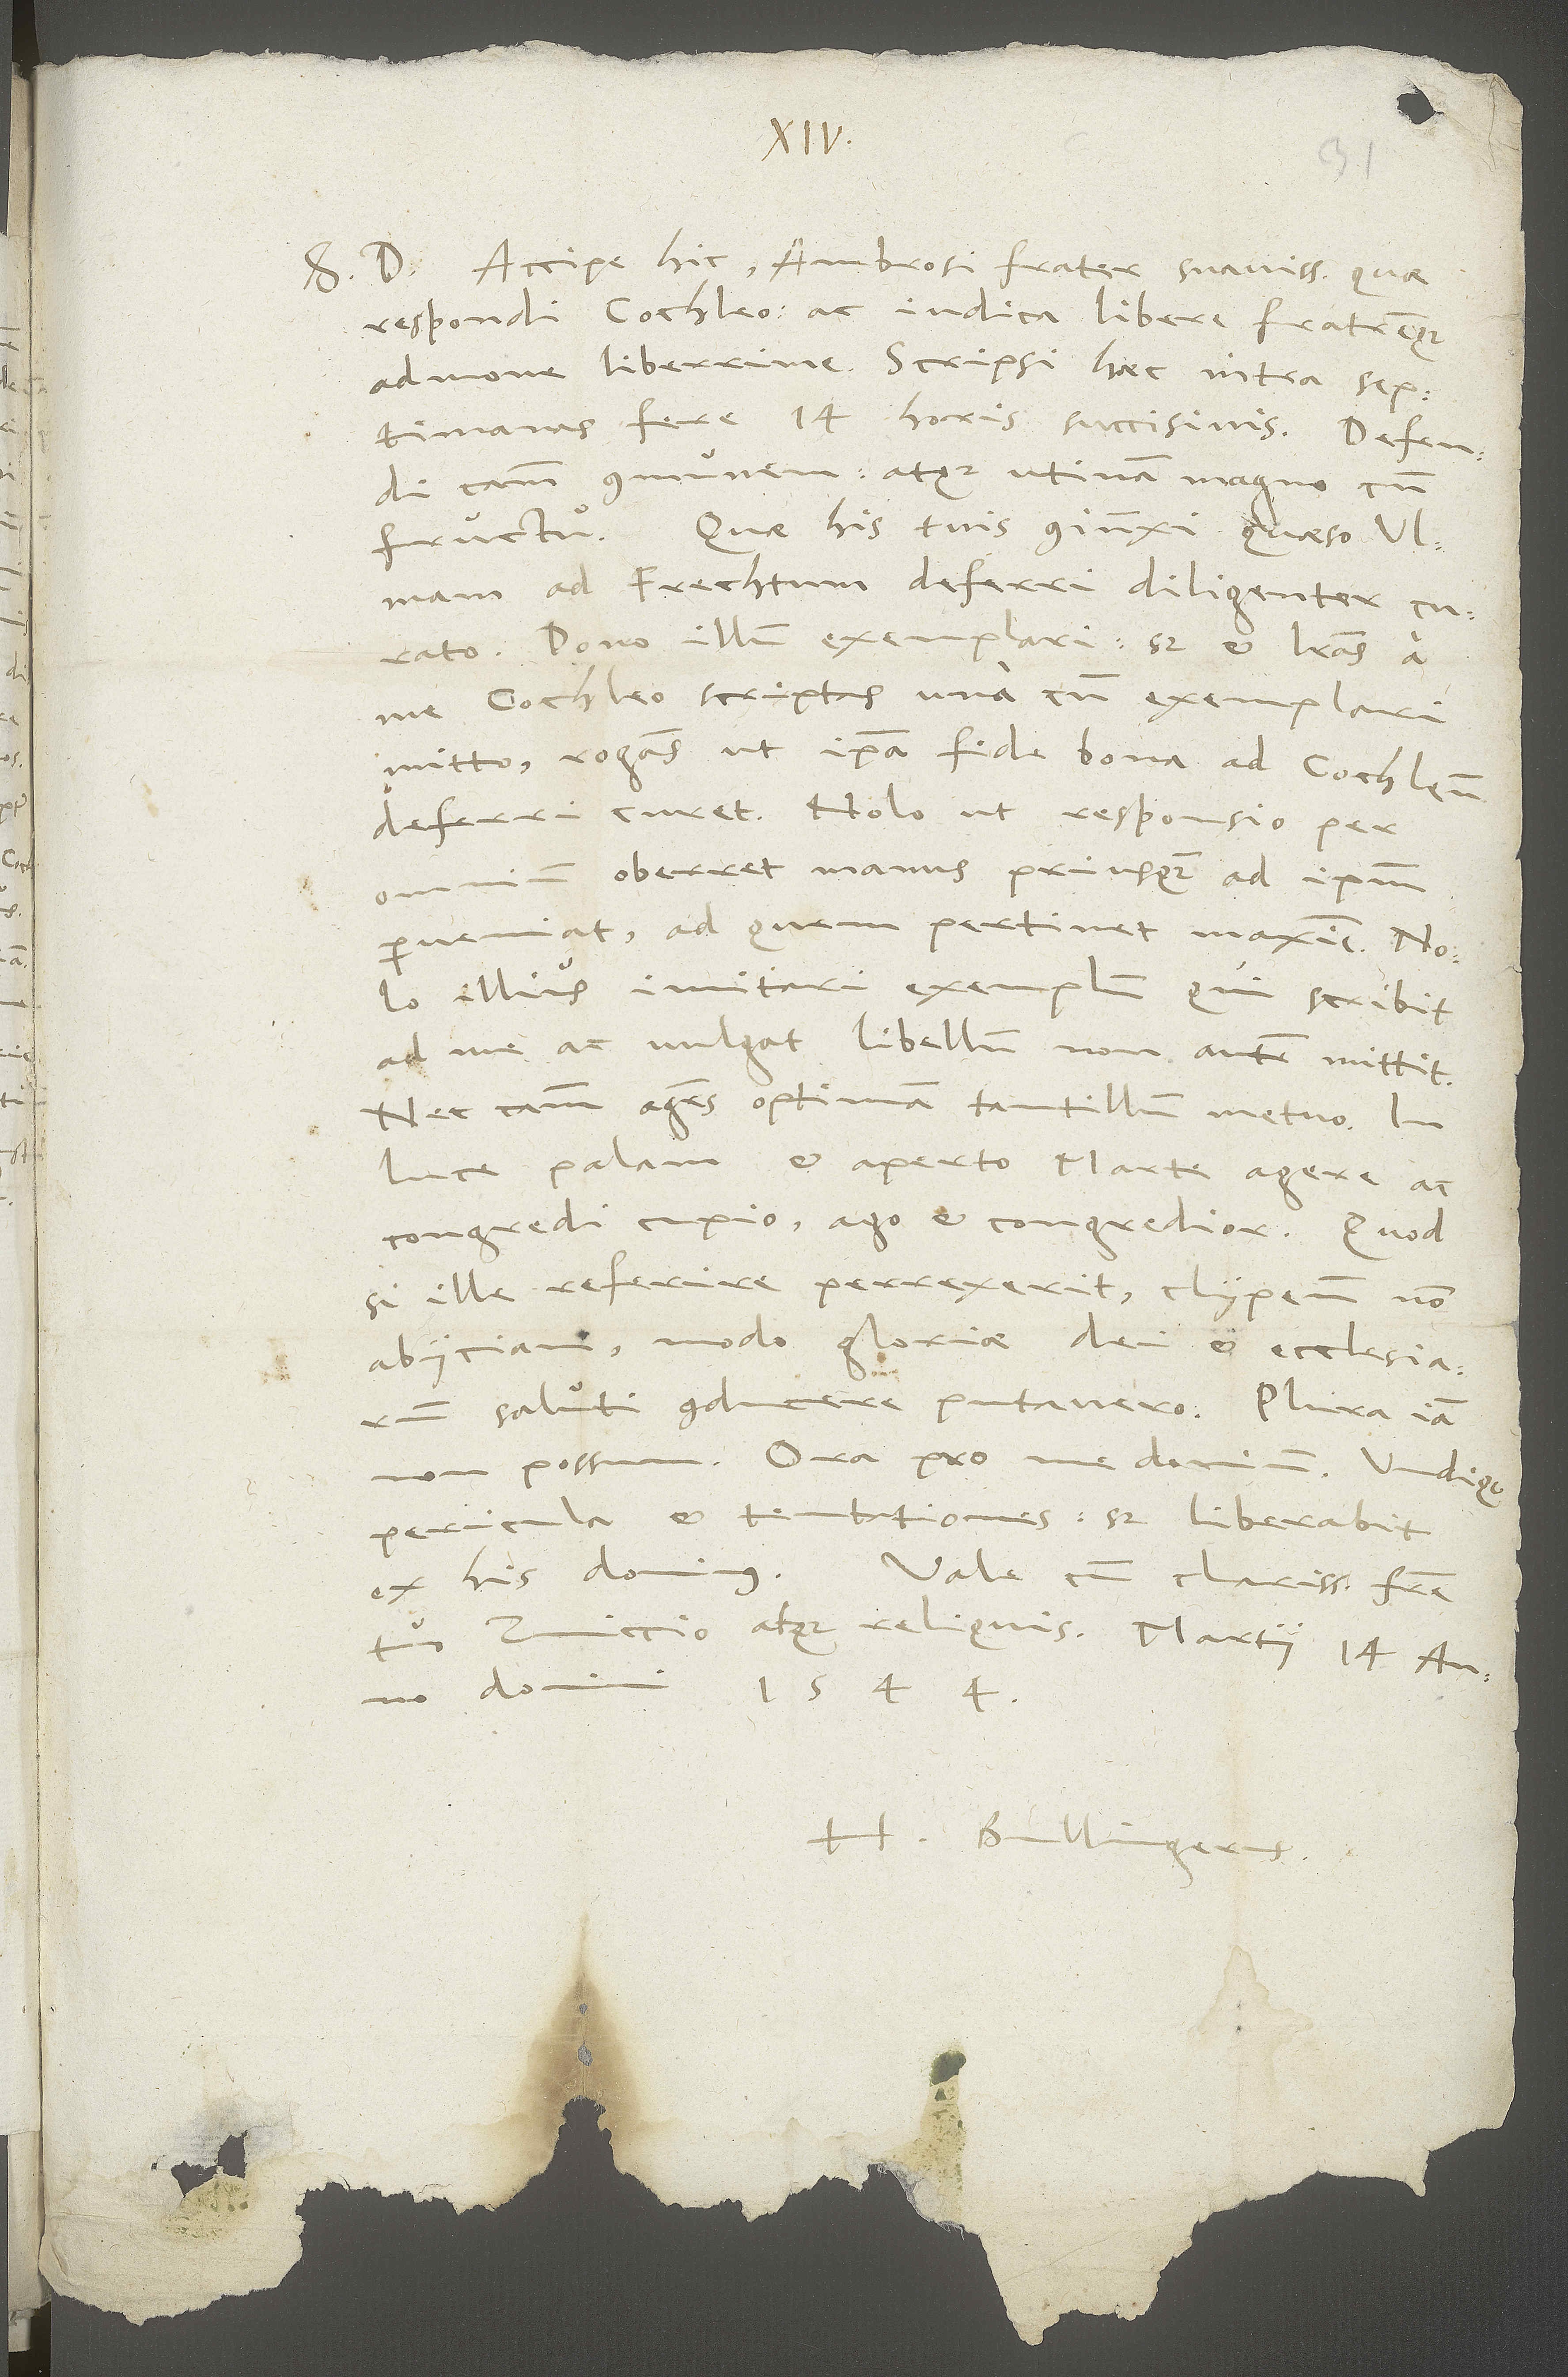
d.
S. Accipe hic, Ambrosi, frater suavissime, quae
respondi Cochleo, ac iudica libere fratremque
admone liberrime. Scripsi haec intra septimanas
fere 14 horis succisivis. Defendi
causam communem, atque utinam magno cum
fructu! Quae his tuis coniunxi, quaeso Ulmam
ad Frechtum deferri diligenter curato.
Dono illum exemplari; sed et literas a
me Cochleo scriptas una cum exemplari
mitto rogans, ut ipsa fide bona ad Cochleum
deferri curet. Nolo, ut responsio per
omnium oberret manus, priusquam ad ipsum
perveniat, ad quem pertinet maxime. Nolo
illius imitari exemplum, qui scribit
ad me ac vulgat libellum, non autem mittit.
Nec causam agens optimam tantillum metuo.
In
luce palam et aperto Marte agere ac
congredi cupio, ago et congredior. Quod
si ille referire perrexerit, clypeum non
abiiciam, modo gloriae dei et ecclesiarum
saluti conducere putavero. Plura iam
pericula et tentationes; sed liberabit
ex his dominus. Vale cum clarissimo fratre
Zviccio atque reliquis. Martii 14., anno
domini
1544.
H. Bullingerus.